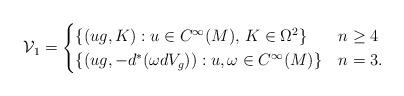
LaTeX: \begin{align*} \mathcal{V}_1=\begin{cases}\{(ug,K):u\in C^\infty(M), \, K\in \Omega^2\} & n\geq 4 \\\{(ug, -d^*(\omega dV_g) ):u,\omega\in C^\infty(M)\} & n=3 . \end{cases}\end{align*}